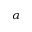
\alpha